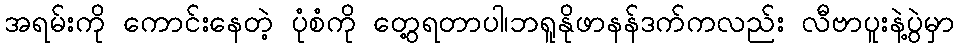
အရမ်းကို ကောင်းနေတဲ့ ပုံစံကို တွေ့ရတာပါ၊ဘရူနိုဖာနန်ဒက်ကလည်း လီဗာပူးနဲ့ပွဲမှာ